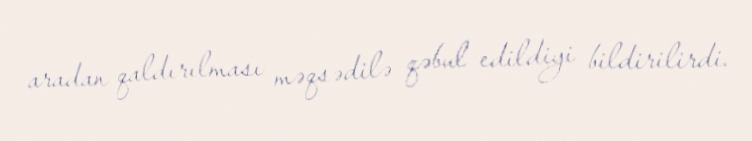
aradan qaldırılması məqsədilə qəbul edildiyi bildirilirdi.